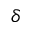
\delta